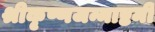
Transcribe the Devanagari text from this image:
श्रीकृष्णजन्माष्टमी